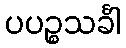
ပပဉ္စသင်္ခါ